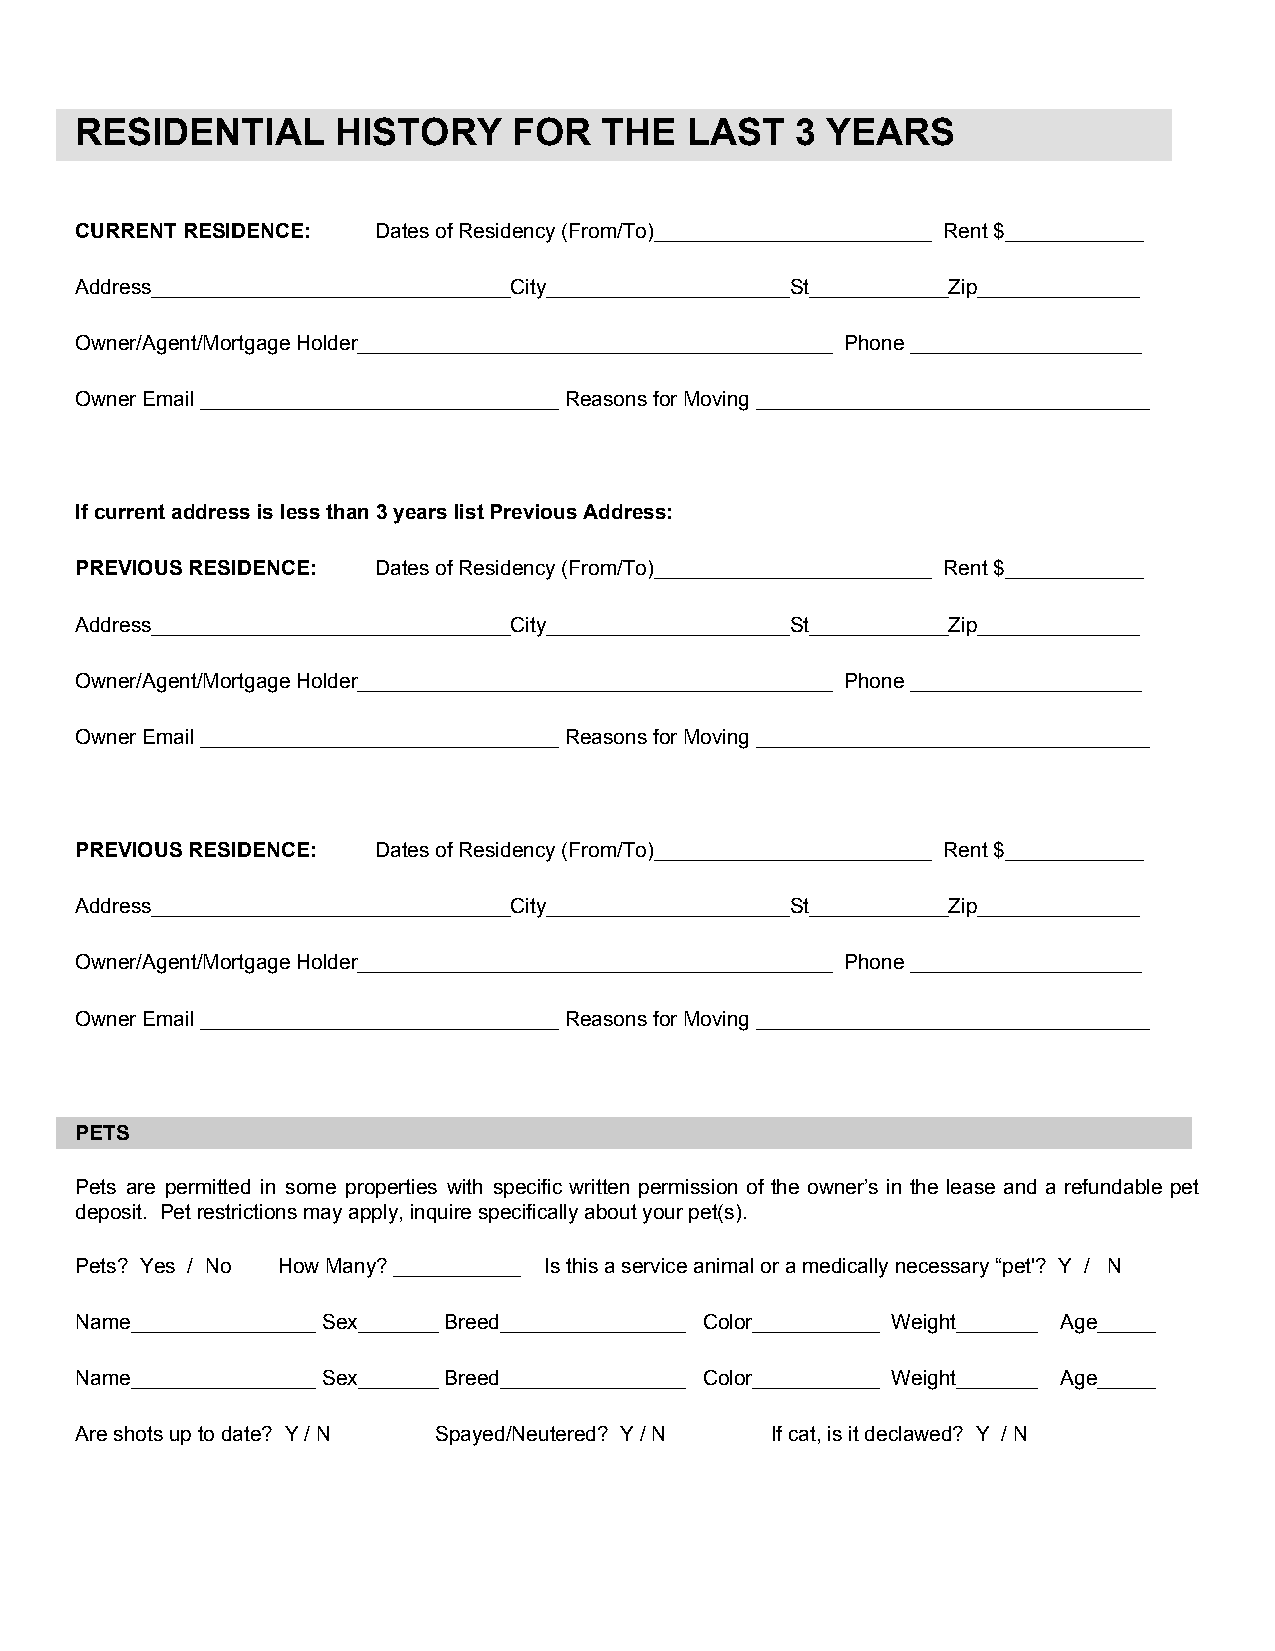
RESIDENTIAL      HISTORY     FOR   THE   LAST   3 YEARS
 CURRENT RESIDENCE:  Dates of Residency (From/To)________________________ Rent $____________
 Address_______________________________City_____________________St____________Zip______________
 Owner/Agent/Mortgage Holder_________________________________________ Phone ____________________
 Owner Email _______________________________ Reasons for Moving __________________________________
 If current address is less than 3 years list Previous Address:
 PREVIOUS RESIDENCE: Dates of Residency (From/To)________________________ Rent $____________
 Address_______________________________City_____________________St____________Zip______________
 Owner/Agent/Mortgage Holder_________________________________________ Phone ____________________
 Owner Email _______________________________ Reasons for Moving __________________________________
 PREVIOUS RESIDENCE: Dates of Residency (From/To)________________________ Rent $____________
 Address_______________________________City_____________________St____________Zip______________
 Owner/Agent/Mortgage Holder_________________________________________ Phone ____________________
 Owner Email _______________________________ Reasons for Moving __________________________________
 PETS
 Pets are permitted in some properties with specific written permission of the owner’s in the lease and a refundable pet
 deposit. Pet restrictions may apply, inquire specifically about your pet(s).
 Pets? Yes / No How Many? ___________ Is this a service animal or a medically necessary “pet'? Y / N
 Name________________ Sex_______ Breed________________ Color___________ Weight_______ Age_____
 Name________________ Sex_______ Breed________________ Color___________ Weight_______ Age_____
 Are shots up to date? Y / N Spayed/Neutered? Y / N If cat, is it declawed? Y / N